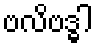
ဗလိဗဒ္ဓါ